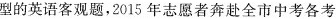
型的英语客观题，2015年志愿者奔赴全市中考各考